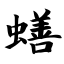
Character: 蟮